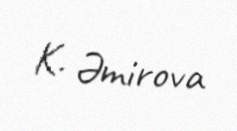
K. Əmirova